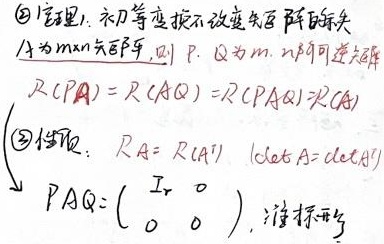
\textcircled{2} 定理1：初等变换不改变矩阵的秩。设\(A\)为\(m\times n\)矩阵，若\(P\)，\(Q\)分别为\(m\)，\(n\)阶可逆矩阵，则\(R(PA)=R(AQ)=R(PAQ)=R(A)\)。

\textcircled{3} 性质：\(R(A)=R(A^{T})\)，\(|\mathrm{det}A| = |\mathrm{det}A^{T}|\)。且存在可逆矩阵\(P\)、\(Q\)，使得\(PAQ=\begin{pmatrix}I_{r}& 0 \\0& 0\end{pmatrix}\)，此为标准形。